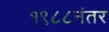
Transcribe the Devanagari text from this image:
१९८८नंतर